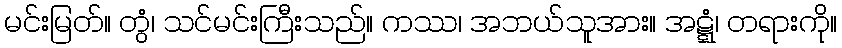
မင်းမြတ်။ တွံ၊ သင်မင်းကြီးသည်။ ကဿ၊ အဘယ်သူအား။ အဋ္ဋံ၊ တရားကို။